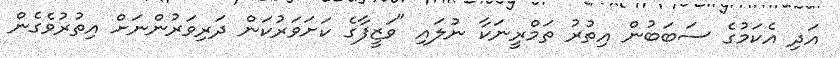
އަދި އެކަމުގެ ސަބަބުން އިތުރު ތަމްރީނަކާ ނުލައި "ވަޒީފާގެ ކަށަވަރުކަން ދަރިވަރުންނަށް އިތުރުވެގެން